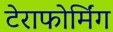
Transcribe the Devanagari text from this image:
टेराफोर्मिंग